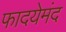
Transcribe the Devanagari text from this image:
फादयेमंद